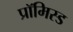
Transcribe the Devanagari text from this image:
प्रॉमिस्ड